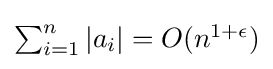
{\textstyle \sum _{i=1}^{n}\vert a_{i}\vert =O(n^{1+\epsilon })}